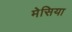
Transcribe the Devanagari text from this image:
मेसिया